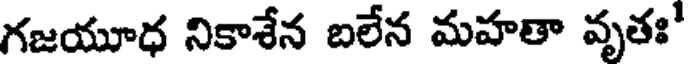
గజయూధ నికాశేన బలేన మహతా వృతః